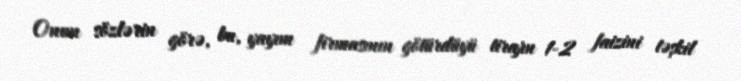
Onun sözlərin görə, bu, yayım firmasının götürdüyü tirajın 1-2 faizini təşkil